Indian Medical Review
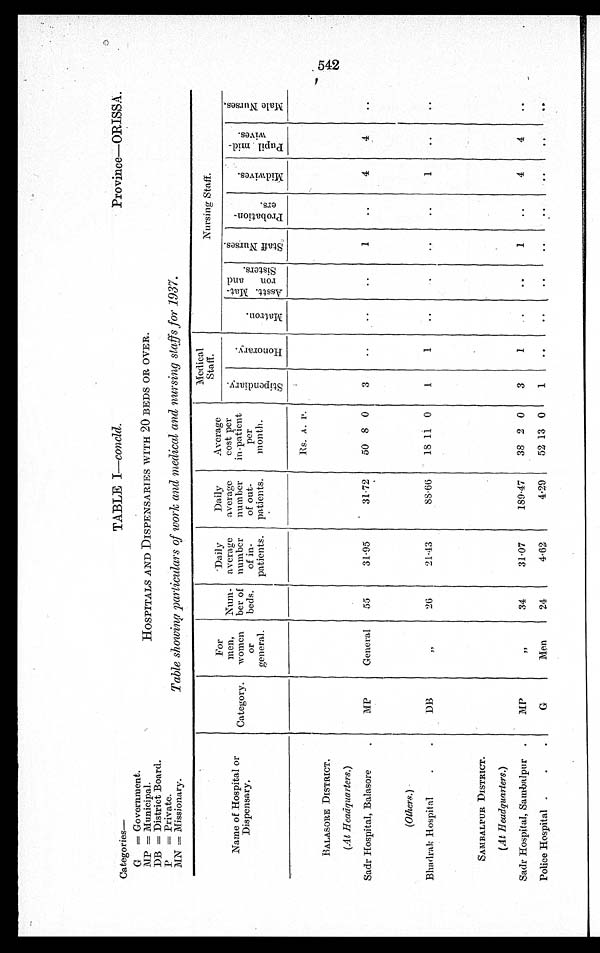
Categories—
TABLE I—concld.
Province—ORISSA.
G = Government.
MP = Municipal. HOSPITALS AND DISPENSARIES WITH 20 BEDS OR OVER.
DB = District Board.
P = Private.
MN = Missionary.
Table showing particulars of work and medical and nursing staffs for 1937.
Name of Hospital or
Di s pens ar y.
Category.
For
men,
women o r
general.
N u m - b e r o f
beds.
Daily
average
number
of in-
patients.
Daily
average
number
of out-
patients.
Average
cost per
in-patient
per
month.
Medical
Staff.
Nursing Staff.
S t i p e n d i a r y .
H o n o r a r y .
M a t r o n .
A s s t . Ma t - r o n a n d S i s t e r s .
S t a f f N u r s e s . P r o b a t i o n e r s .
M i d w i v e s .
P u p i l m i d - w i v e s .
M a l e N u r s e s .
Rs. A. P.
BALASORE DISTRICT.
(At Headquarters,)
Sadr Hospital, Balasore
MP
General 55
31.95
31.72
50 8 0
3
1
4
4
(Others. )
Bhadrak Hospital
DB
26
21.43
88.66
18 11 0
1
1
1
SAMBALPUR DISTRICT.
(At Headquarters. )
Sadr Hospital, Sambalpur
MP
,,
34
31.07
189.47
38 2 0
3
1
1
4
4
Police Hospital
G
Men
24
4.62
4.29
52 13 0
1
C